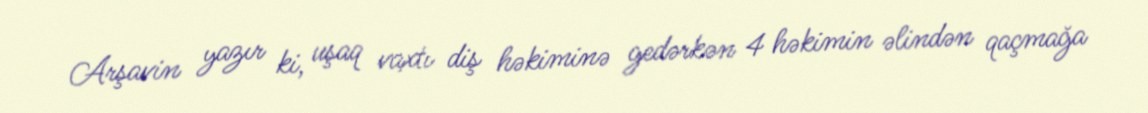
Arşavin yazır ki, uşaq vaxtı diş həkiminə gedərkən 4 həkimin əlindən qaçmağa